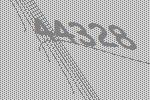
44328